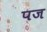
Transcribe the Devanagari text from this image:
पज